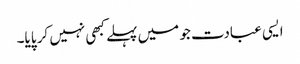
ایسی عبادت جو میں پہلے کبھی نہیں کر پایا۔